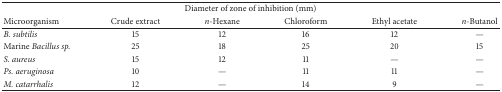
| <COLSPAN=6> Diameter of zone of inhibition (mm) |
 | Microorganism | Crude extract | n-Hexane | Chloroform | Ethyl acetate | n-Butanol |
 | --- | --- | --- | --- | --- | --- |
 | B. subtilis | 15 | 12 | 16 | 12 | — |
 | Marine Bacillus sp. | 25 | 18 | 25 | 20 | 15 |
 | S. aureus | 15 | 12 | 11 | — | — |
 | Ps. aeruginosa | 10 | — | 11 | 11 | — |
 | M. catarrhalis | 12 | — | 14 | 9 | — |